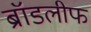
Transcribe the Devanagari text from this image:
ब्रॉडलीफ